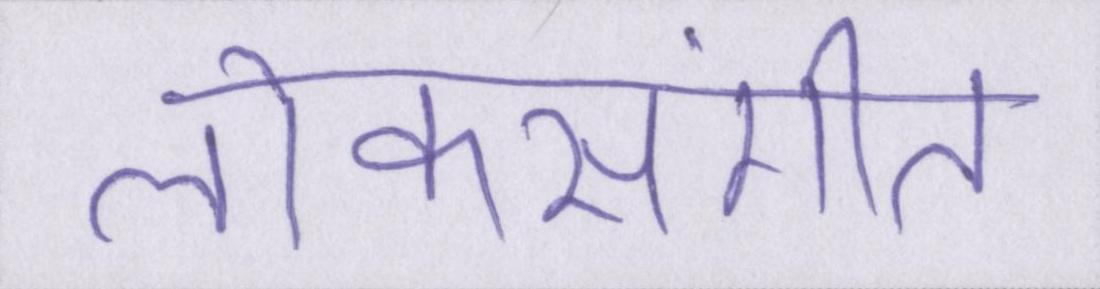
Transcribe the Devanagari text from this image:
लोकसंगीत